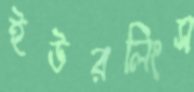
ইউরলিংস